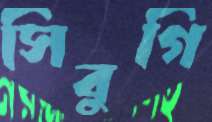
সিবুগি